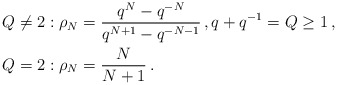
\begin{align*} {}& Q \neq 2: \rho_{N} = \frac{q^N - q^{-N}}{q^{N+1}-q^{-N-1}} \,, q+q^{-1} = Q \geq 1 \,,\\ {}& Q = 2: \rho_{N} = \frac{N}{N+1}\,.\end{align*}